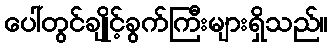
ပေါ်တွင်ချိုင့်ခွက်ကြီးများရှိသည်။